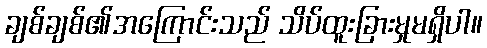
ချစ်ချစ်၏အကြောင်းသည် သိပ်ထူးခြားမှုမရှိပါ။